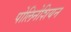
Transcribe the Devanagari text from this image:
पोलिनेशियन